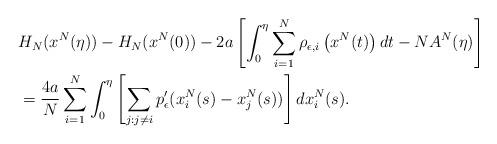
LaTeX: \begin{align*} & H_{N}(x^{N}(\eta))-H_{N}(x^{N}(0))-2a\left[\int_{0}^{\eta}\sum_{i=1}^{N}\rho_{\epsilon,i}\left(x^{N}(t)\right)dt-NA^{N}(\eta)\right]\\ & =\frac{4a}{N}\sum_{i=1}^{N}\int_{0}^{\eta}\left[\sum_{j:j\neq i}p_{\epsilon}'(x_{i}^{N}(s)-x_{j}^{N}(s))\right]dx_{i}^{N}(s).\end{align*}